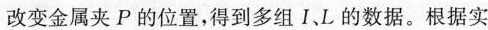
改变金属夹P的位置，得到多组I、L的数据。根据实